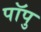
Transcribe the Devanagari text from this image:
पॉपु